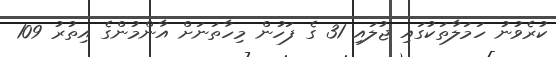
ކުރެވުނު ހަމަލާތަކުގައި ޖުލައި 31 ގެ ފަހުން މިހާތަނަށް އާންމުންގެ އިތުރު 109